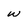
Character: w